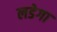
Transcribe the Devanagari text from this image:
लडेगा